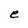
Character: e